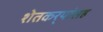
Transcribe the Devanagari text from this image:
शेतकर्‍यांसह